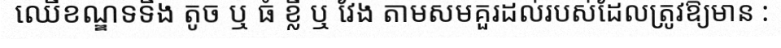
ឈើខណ្ឌទទឹង តូច ឬ ធំ ខ្លី ឬ វែង តាមសមគួរដល់របស់ដែលត្រូវឱ្យមាន :